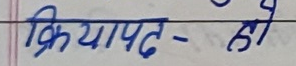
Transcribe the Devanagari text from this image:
क्रियापद - हो